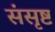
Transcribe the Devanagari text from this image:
संसृष्ट